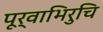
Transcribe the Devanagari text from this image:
पूर्वाभिरुचि